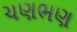
ચણભણ